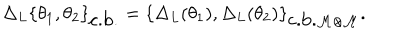
\Delta _ { L } \{ \theta _ { 1 } , \theta _ { 2 } \} _ { \mathrm { c . b . } } = \{ \Delta _ { L } ( \theta _ { 1 } ) , \Delta _ { L } ( \theta _ { 2 } ) \} _ { \mathrm { c . b . } \cal { M } \otimes \cal { M } } .